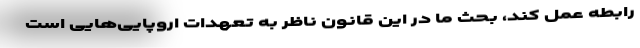
رابطه عمل کند، بحث ما در این قانون ناظر به تعهدات اروپایی‌هایی است